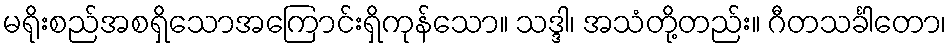
မရိုးစည်အစရှိသောအကြောင်းရှိကုန်သော။ သဒ္ဒါ၊ အသံတို့တည်း။ ဂီတသင်္ခါတော၊